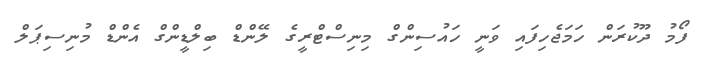
ފޯމު ދޫކުރަން ހަމަޖެހިފައި ވަނީ ހައުސިންގް މިނިސްޓްރީގެ ލޭންޑް ބިލްޑީންގް އެންޑް މުނިސިޕަލް